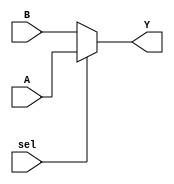
module conditional_assignment (
    input wire A,        // Input signal A
    input wire B,        // Input signal B
    input wire sel,      // Control signal for selection
    output wire Y        // Output signal
);

// Continuous assignment using the ternary operator
assign Y = (sel) ? A : B; // If sel is true, Y gets A; otherwise, Y gets B

endmodule